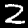
Digit: 2